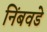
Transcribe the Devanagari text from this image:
निंबवडे